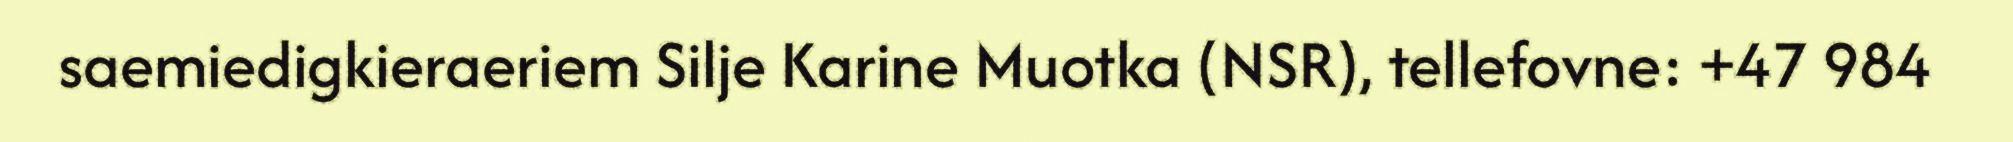
saemiedigkieraeriem Silje Karine Muotka (NSR), tellefovne: +47 984